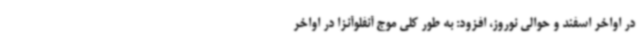
در اواخر اسفند و حوالی نوروز، افزود: به طور کلی موج آنفلوآنزا در اواخر